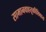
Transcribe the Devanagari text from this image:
सामानवाहतूकीशिवाय